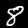
Digit: 8